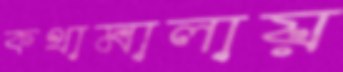
কথামালায়